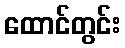
ထောင်တွင်း